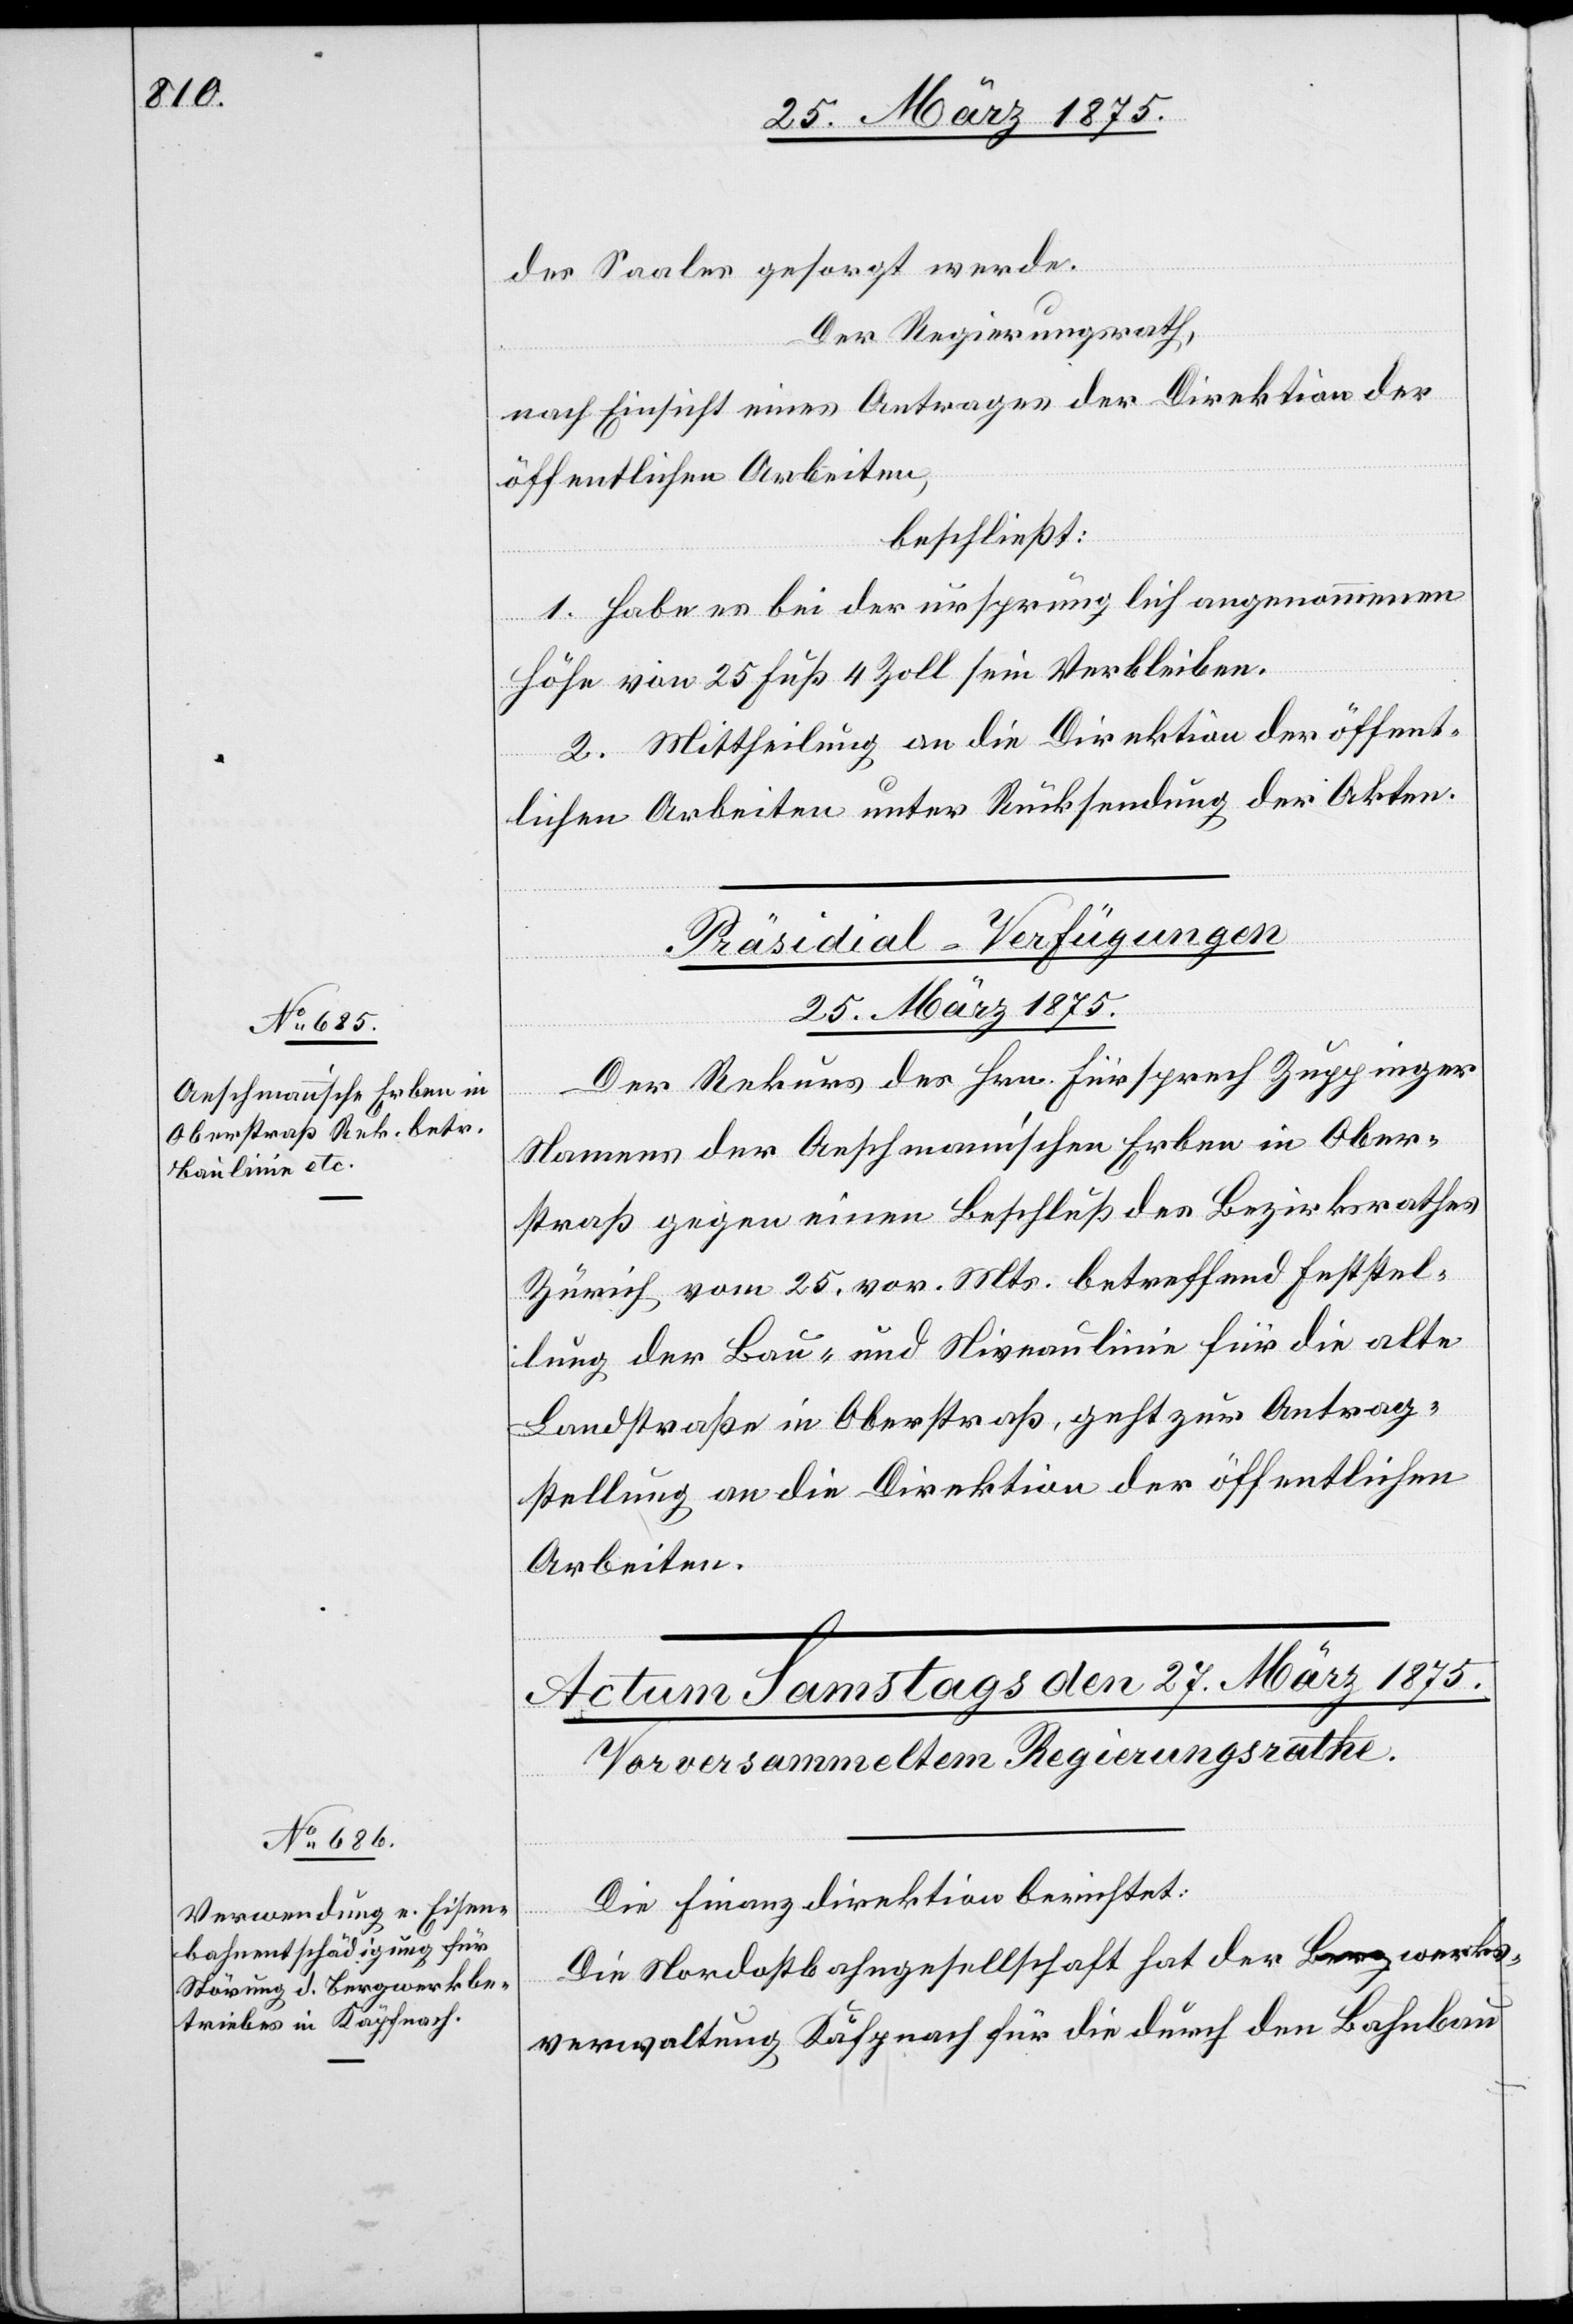
des Saales gesorgt werde.
Der Regierungsrath,
nach Einsicht eines Antrages der Direktion der
öffentlichen Arbeiten,
beschließt:
1. Habe es bei der ursprünglich angenommenen
Höhe von 25 Fuß 4 Zoll sein Verbleiben.
2. Mittheilung an die Direktion der öffent¬
lichen Arbeiten unter Rücksendung der Akten.
Präsidial-Verfügungen
25. März 1875.
Der Rekurs des Hrn. Fürsprech Zuppinger
Namens der Aeschmannschen Erben in Ober¬
straß gegen einen Beschluß des Bezirksrathes
Zürich vom 25. vor. Mts. betreffend Feststel¬
lung der Bau- und Niveaulinie für die alte
Landstraße in Oberstraß, geht zur Antrag¬
stellung an die Direktion der öffentlichen
Arbeiten.
Die Finanzdirektion berichtet:
Die Nordostbahngesellschaft hat der Bergwerks¬
verwaltung Käpfnach für die durch den Bahnbau